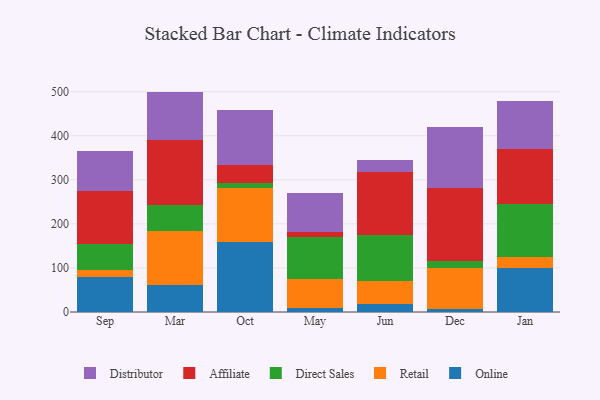
{"axis": {"x": "Month", "y": "Market Share (%)"}, "legend": ["Affiliate", "Direct Sales", "Distributor", "Online", "Retail"], "data": [{"x": "Sep", "y": 79.6, "type": "Online"}, {"x": "Sep", "y": 16.0, "type": "Retail"}, {"x": "Sep", "y": 57.9, "type": "Direct Sales"}, {"x": "Sep", "y": 120.8, "type": "Affiliate"}, {"x": "Sep", "y": 91.5, "type": "Distributor"}, {"x": "Mar", "y": 61.9, "type": "Online"}, {"x": "Mar", "y": 122.9, "type": "Retail"}, {"x": "Mar", "y": 59.0, "type": "Direct Sales"}, {"x": "Mar", "y": 145.8, "type": "Affiliate"}, {"x": "Mar", "y": 110.6, "type": "Distributor"}, {"x": "Oct", "y": 158.6, "type": "Online"}, {"x": "Oct", "y": 123.3, "type": "Retail"}, {"x": "Oct", "y": 10.5, "type": "Direct Sales"}, {"x": "Oct", "y": 41.3, "type": "Affiliate"}, {"x": "Oct", "y": 125.6, "type": "Distributor"}, {"x": "May", "y": 9.9, "type": "Online"}, {"x": "May", "y": 65.1, "type": "Retail"}, {"x": "May", "y": 95.4, "type": "Direct Sales"}, {"x": "May", "y": 10.8, "type": "Affiliate"}, {"x": "May", "y": 89.5, "type": "Distributor"}, {"x": "Jun", "y": 18.0, "type": "Online"}, {"x": "Jun", "y": 51.3, "type": "Retail"}, {"x": "Jun", "y": 105.5, "type": "Direct Sales"}, {"x": "Jun", "y": 142.7, "type": "Affiliate"}, {"x": "Jun", "y": 28.1, "type": "Distributor"}, {"x": "Dec", "y": 6.8, "type": "Online"}, {"x": "Dec", "y": 92.3, "type": "Retail"}, {"x": "Dec", "y": 16.4, "type": "Direct Sales"}, {"x": "Dec", "y": 165.0, "type": "Affiliate"}, {"x": "Dec", "y": 138.4, "type": "Distributor"}, {"x": "Jan", "y": 100.2, "type": "Online"}, {"x": "Jan", "y": 24.2, "type": "Retail"}, {"x": "Jan", "y": 121.1, "type": "Direct Sales"}, {"x": "Jan", "y": 125.4, "type": "Affiliate"}, {"x": "Jan", "y": 109.1, "type": "Distributor"}]}